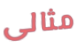
مثالى